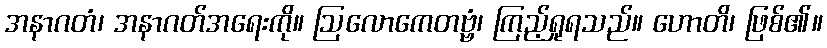
အနာဂတံ၊ အနာဂတ်အရေးကို။ ဩလောကေတဗ္ဗံ၊ ကြည့်ရှုရသည်။ ဟောတိ၊ ဖြစ်၏။